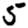
Digit: 5